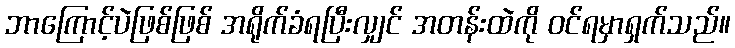
ဘာကြောင့်ပဲဖြစ်ဖြစ် အရိုက်ခံရပြီးလျှင် အတန်းထဲကို ဝင်ရမှာရှက်သည်။